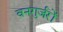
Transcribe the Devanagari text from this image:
वनगुर्जरों